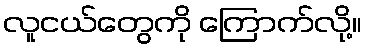
လူငယ်တွေကို ကြောက်လို့။